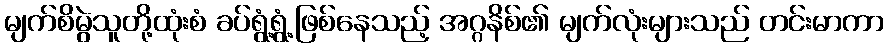
မျက်စိမွဲသူတို့ထုံးစံ ခပ်ရွံ့ရွံ့ဖြစ်နေသည့် အဂ္ဂနိစ်၏ မျက်လုံးများသည် တင်းမာကာ